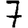
Digit: 7